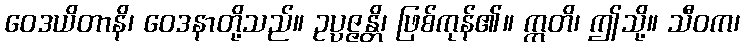
ဝေဒယိတာနိ၊ ဝေဒနာတို့သည်။ ဥပ္ပဇ္ဇန္တိ၊ ဖြစ်ကုန်၏။ ဣတိ၊ ဤသို့။ သီဝက၊